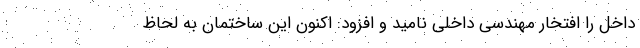
داخل را افتخار مهندسی داخلی نامید و افزود: اکنون این ساختمان به لحاظ